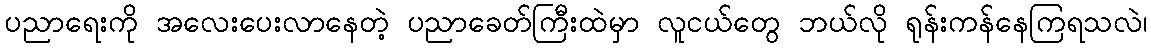
ပညာရေးကို အလေးပေးလာနေတဲ့ ပညာခေတ်ကြီးထဲမှာ လူငယ်တွေ ဘယ်လို ရုန်းကန်နေကြရသလဲ၊